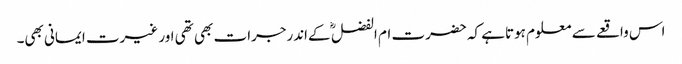
اس واقعے سے معلوم ہوتاہے کہ حضرت ام الفضل ؓ کےاندرجرات بھی تھی اور غیرت ایمانی بھی۔